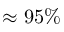
\approx 9 5 \%